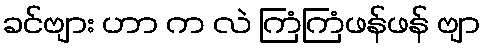
ခင်ဗျား ဟာ က လဲ ကြံကြံဖန်ဖန် ဗျာ